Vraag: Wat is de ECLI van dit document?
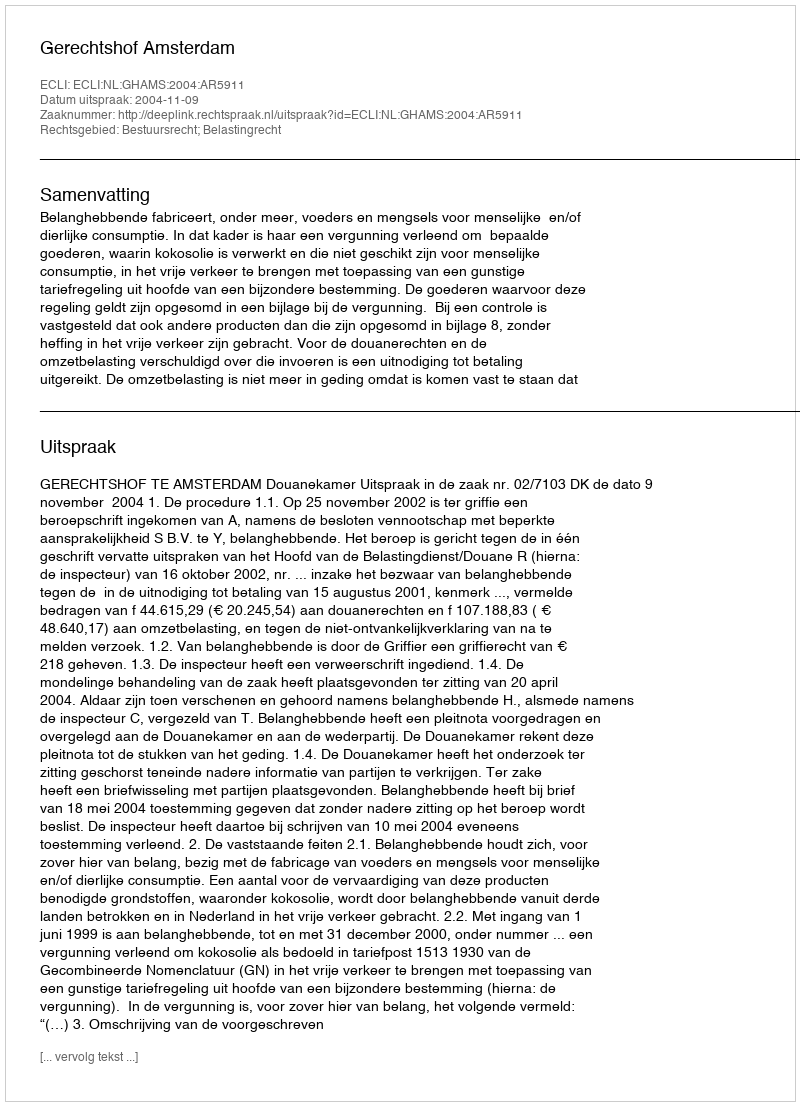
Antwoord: ECLI:NL:GHAMS:2004:AR5911